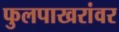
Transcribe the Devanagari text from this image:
फुलपाखरांवर